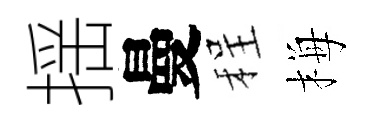
揺曼程梅